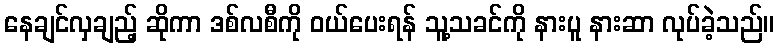
နေချင်လှချည့် ဆိုကာ ဒစ်လစီကို ဝယ်ပေးရန် သူ့သခင်ကို နားပူ နားဆာ လုပ်ခဲ့သည်။